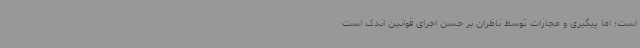
است؛ اما پیگیری و مجازات توسط ناظران بر حسن اجرای قوانین اندک است